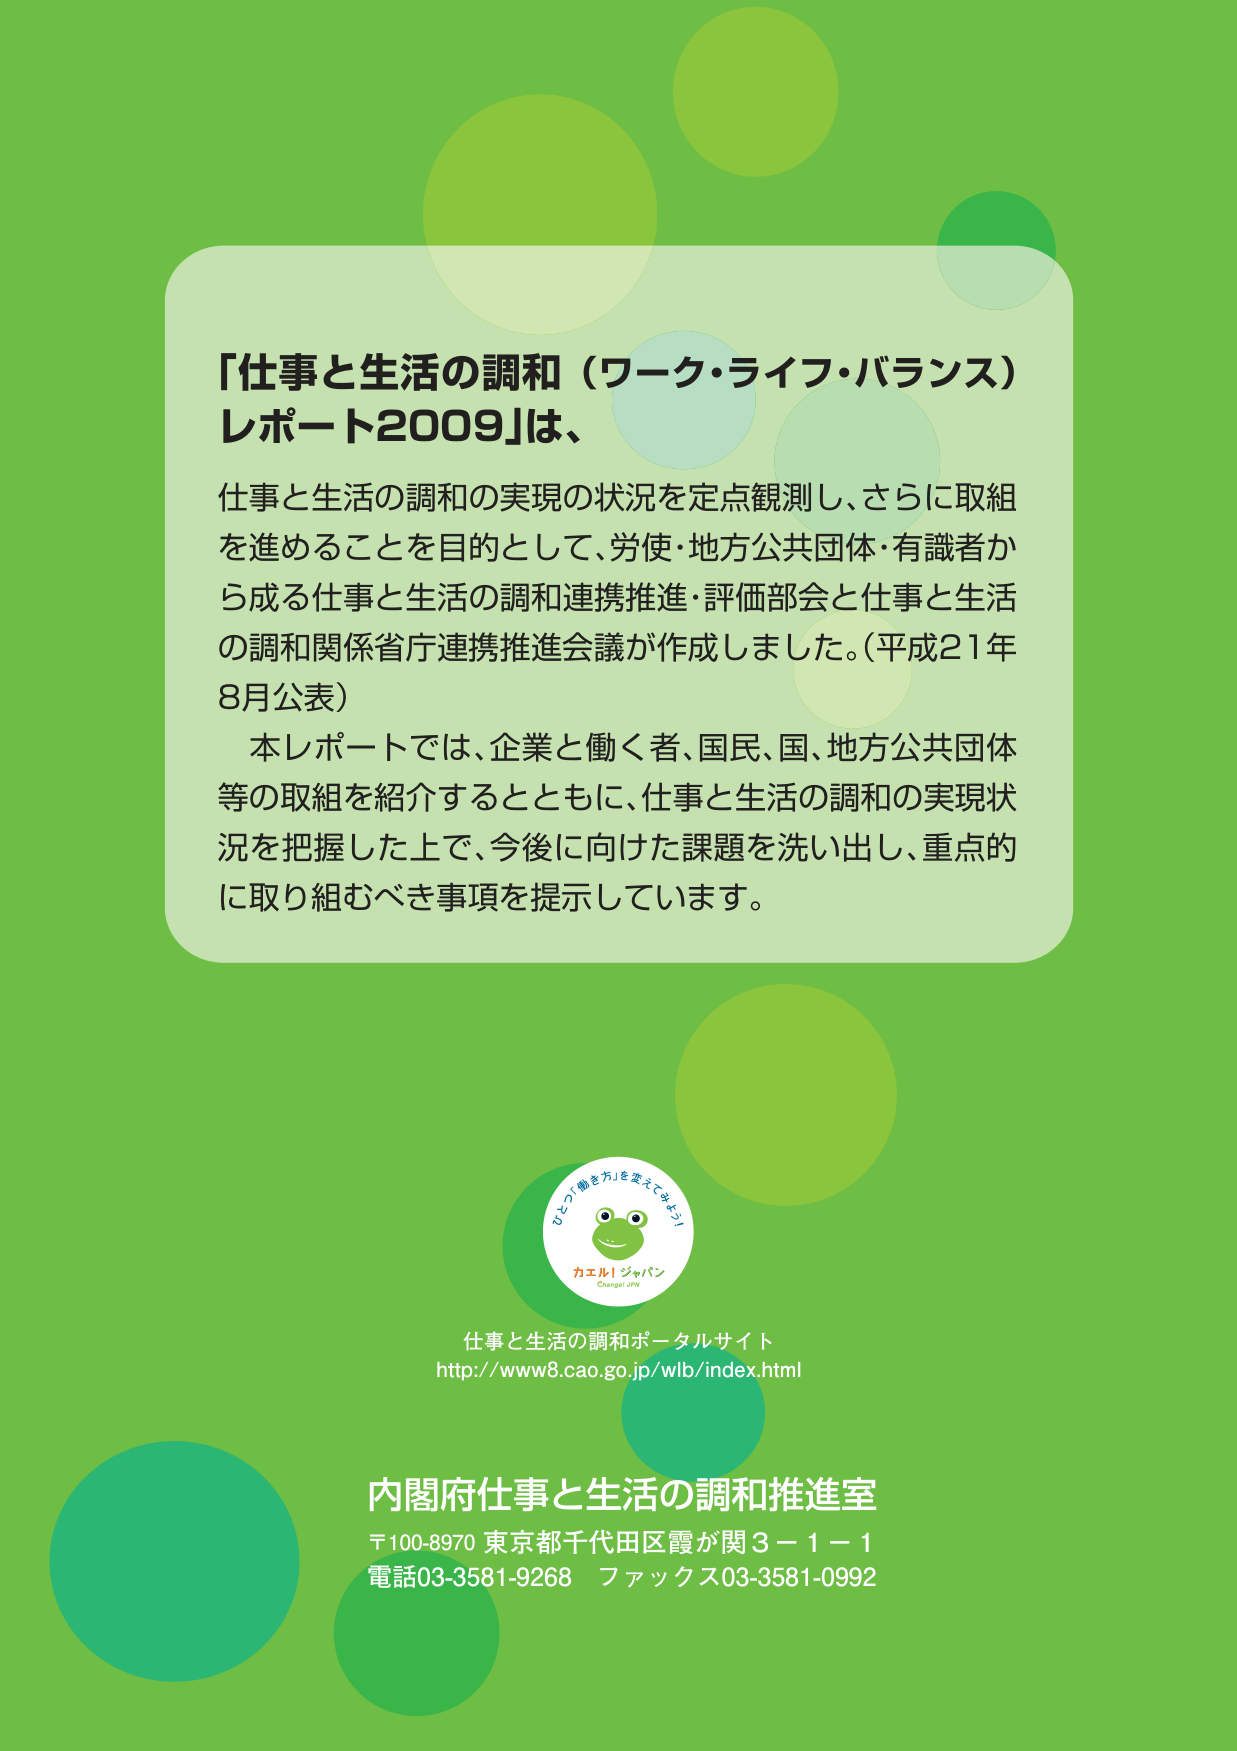
「仕事と生活の調和（ワーク・ライフ・バランス）
レポート2009」は、
仕事と生活の調和の実現の状況を定点観測し、さらに取組
を進めることを目的として、労使・地方公共団体・有識者か
ら成る仕事と生活の調和連携推進・評価部会と仕事と生活
の調和関係省庁連携推進会議が作成しました。（平成21年
8月公表）
本レポートでは、企業と働く者、国民、国、地方公共団体
等の取組を紹介するとともに、仕事と生活の調和の実現状
況を把握した上で、今後に向けた課題を洗い出し、重点的
に取り組むべき事項を提示しています。

ひこう「働き方」を変えてみよう！
カエル！ジャパン
Change! JPN

仕事と生活の調和ポータルサイト
http://www8.cao.go.jp/wlb/index.html

内閣府仕事と生活の調和推進室
〒100-8970 東京都千代田区霞が関3－1－1
電話03-3581-9268 ファックス03-3581-0992